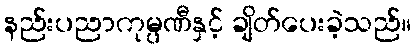
နည်းပညာကုမ္ပဏီနှင့် ချိတ်ပေးခဲ့သည်။